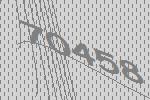
70458